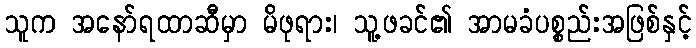
သူက အနော်ရထာဆီမှာ မိဖုရား၊ သူ့ဖခင်၏ အာမခံပစ္စည်းအဖြစ်နှင့်